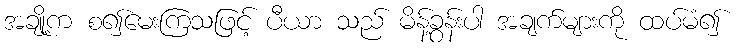
အချို့က စ၍မေးကြသဖြင့် ပီယာ သည် မိန့်ခွန်းပါ အချက်များကို ထပ်မံ၍